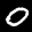
Label: 0